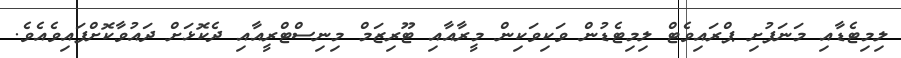
ލިިމިޓެޑާއި މަނަފުށި ޕްރައިވެޓް ލިމިޓެޑުން ވަކިވަކިން މީރާއާއި ޓޫރިޒަމް މިނިސްޓްރީއާއި ދެކޮޅަށް ދައުވާކޮށްފައިވެއެވެ.